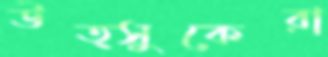
উত্সুকেরা